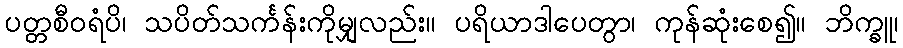
ပတ္တစီဝရံပိ၊ သပိတ်သင်္ကန်းကိုမျှလည်း။ ပရိယာဒါပေတွာ၊ ကုန်ဆုံးစေ၍။ ဘိက္ခူ၊